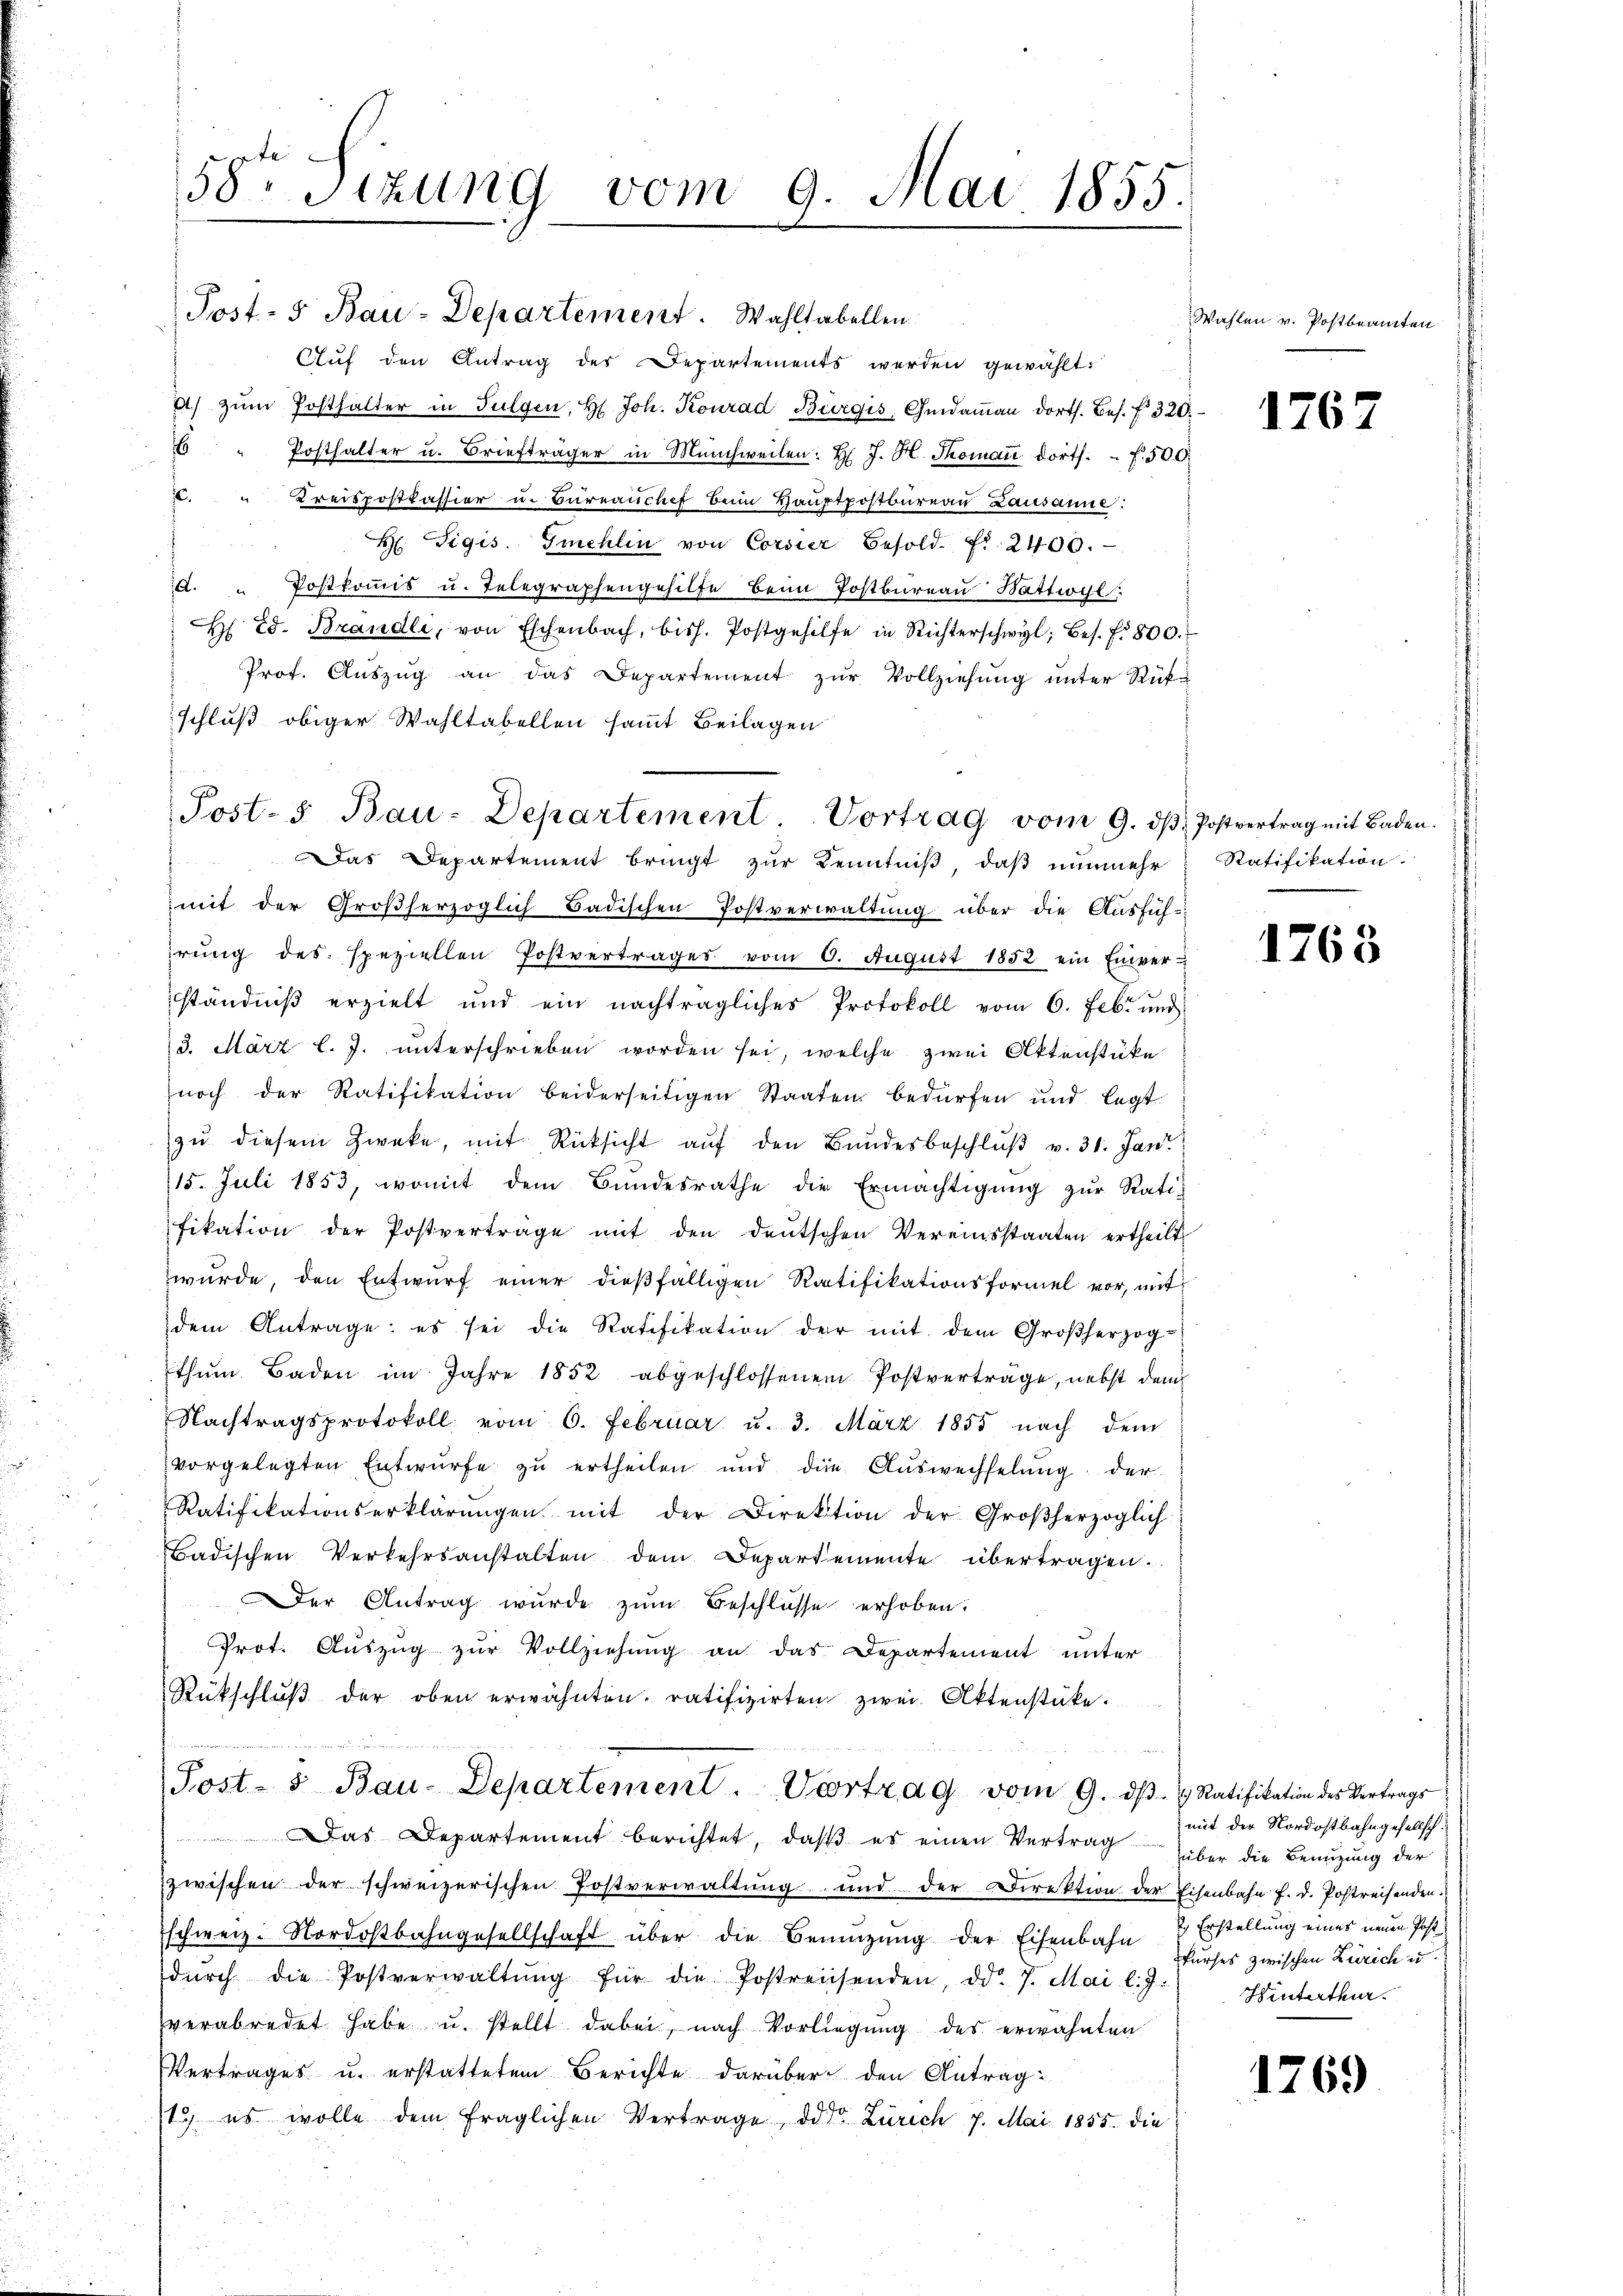
Auf den Antrag des Departements werden gewählt.
a) zŭm Posthalter in Sulgen, H. Joh. Konrad Bürgis, Gendaṁaṅ dorts. bes. f. 320.
6
Posthalter u. Briefträger in Münchweilen: H. J. H. Thoman dorts. f. 500.
" Kreispostkassier u. Büreaŭchef beim Haŭptpostbüreaŭ Lausanne:
H Sigis. Smehlin von Corsier Besold. fr. 2400.
. " Postkoṁis u. Telegraphengehilfe beim Postbüreaŭ Battwyl:
H Ed. Brandli, von Eschenbach, bish. Postgehilfe in Richterschwyl, bes. f. 800.
Prot. Aŭszŭg an das Departement zŭr Vollziehŭng ŭnter Rükschluß obiger Wahltabellen sammt Beilagen

58te Sizung vom 9. Mai 1855.

Post- 5. Bau-Departement. Wahltabellen.

Das Departement bringt zŭr Kenntniβ, daß nunmehr
mit der Großherzoglich Badischen Postverwaltung über die Ausfüh-
irung des speziellen Postvertrages vom 6. August 1852 ein Einverständniß erzielt und ein nachträgliches Protokoll vom 6. Febr. und
3. März l. J. unterschrieben worden sei, welche zwei Aktenstüke
noch der Ratifikation beiderseitigen Staaten bedürfen und legt
zu diesem Zweke, mit Rücksicht auf den Bundesbeschluß v. 31. Jan
115. Juli 1853, womit dem Bŭndesrathe die Ermächtigŭng zŭr Ratifikation der Postvertrage mit den deŭtschen Vereinsstaaten ertheilt.
wurde, den Entwurf einer dießfälligen Ratifikationsformel vor, mit
dem Antrage: es sei die Ratifikation der mit dem Großherzog
thŭm Baden im Jahre 1852 abgeschlossenen Postverträge, nebst dem
Nachtragsprotokoll vom 6. Februar u. 3. März 1855 nach dem
vorgelegten Entwurfe zu ertheilen und die Auswechselung der
Ratifikationserklärŭngen mit der Direktion der Großherzoglich
Badischen Verkehrsanstalten dem Departemente übertragen.
Der Antrag wurde zŭm Beschlüsse erhoben.
Prot. Aŭszŭg zŭr Vollziehŭng an das Departement unter
Rükschlŭβ der oben erwähnten ratifizirten zwei Aktenstüke.
Post- & Bau-Departement. Vortrag vom 9. dβ.  Ratifikation des Vertrags
Das Departement berichtet, daß es einen Vertrag
zwischen der schweizerischen Postverwaltŭng und der Direktion der Eisenbahn f. d. Postreisenden.
schweiz. Nordostbahngesellschaft über die Bemühung der Eisenbahn u Erstellung eines neuen Post
dŭrch die Postverwaltŭng für die Postreichenden, dd. 7. Mai l. J. Hinterthur.
verabredet habe u. stellt dabei, nach Vorliegŭng des erwähnten
Vertrages u. erstattetem Berichte darüber den Antrag:
ty es wolle dem fraglichen Vertrage, das Zürich 7. Mai 1855. die

Post- 5. Bau-Departement Vortrag vom 9. dβ. Postvertrag mit Baden.

Wahlen v. Postbeamten

1763

Ratifikation.

1763

mit der Nordostbahngesellsch
über die Benuzung der
kurses zwischen Zürich u.

1769